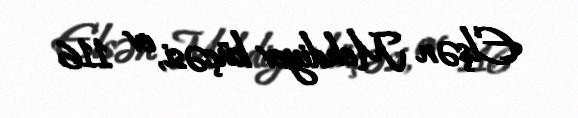
Elşən Mehdiyev küçəsi, ev 116